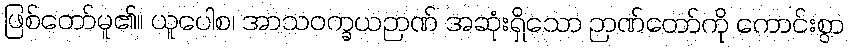
ဖြစ်တော်မူ၏။ ယူပေါစ၊ အာသဝက္ခယဉာဏ် အဆုံးရှိသော ဉာဏ်တော်ကို ကောင်းစွာ